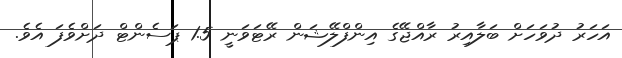
އަހަރު ދުވަހަށް ބަލާއިރު ރާއްޖޭގެ އިންފްލޭޝަން ރޭޓަވަނީ 1.5 ޕަސެންޓް ދަށްވެފަ އެވެ.